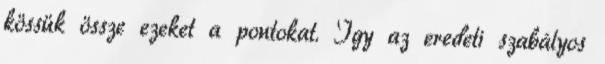
kössük össze ezeket a pontokat. Így az eredeti szabályos